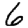
Digit: 6